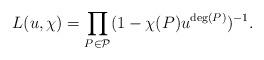
LaTeX: \begin{align*}L(u,\chi) = \prod_{P \in \mathcal{P}} (1-\chi(P)u^{\deg (P)})^{-1}.\end{align*}